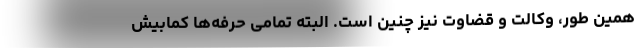
همین طور، وکالت و قضاوت نیز چنین است. البته تمامی حرفه‌ها کمابیش